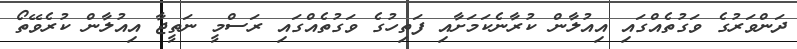
ދަންވަރުގެ ވަގުތެއްގައި އިއުލާން ކުރާނެކަމަށާއި ފަތިހުގެ ވަގުތެއްގައި ރަސްމީ ނަތީޖާ އިއުލާން ކުރެވޭތޯ